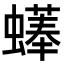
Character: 𧑑